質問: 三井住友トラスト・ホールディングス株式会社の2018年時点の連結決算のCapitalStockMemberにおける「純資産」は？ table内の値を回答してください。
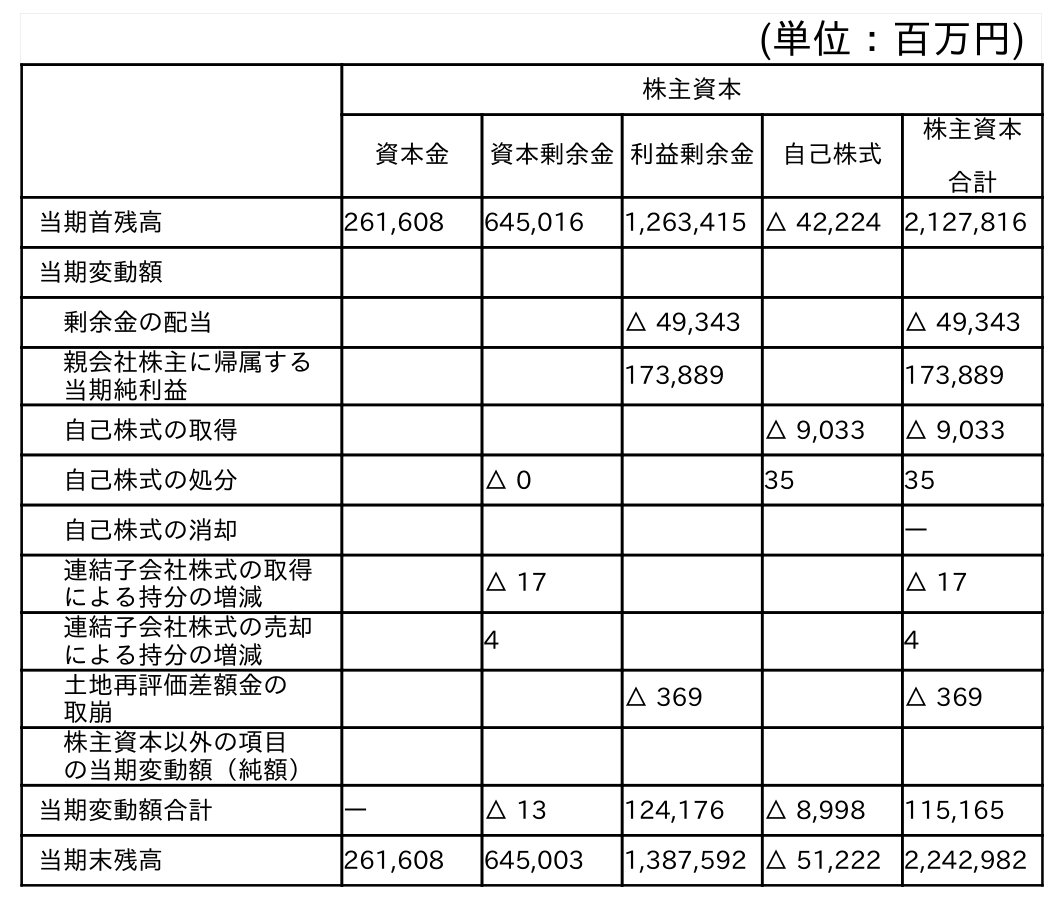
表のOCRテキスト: (単位：百万円) 株主資本 資本金 資本剰余金利益剰余金 自己株式 株主資本 合計 当期首残高 261,608 645,016 1,263,415 △ 42,224 2,127,816 当期変動額 剰余金の配当 △ 49,343 △ 49,343 親会社株主に帰属する 当期純利益 173,889 173,889 自己株式の取得 △ 9,033 △ 9,033 自己株式の処分 △ 0 35 35 自己株式の消却 ― 連結子会社株式の取得 による持分の増減 △ 17 △ 17 連結子会社株式の売却 による持分の増減 4 4 土地再評価差額金の 取崩 △ 369 △ 369 株主資本以外の項目 の当期変動額（純額） 当期変動額合計 ― △ 13 124,176 △ 8,998 115,165 当期末残高 261,608 645,003 1,387,592 △ 51,222 2,242,982
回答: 261,608